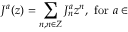
J ^ { a } ( z ) = \sum _ { n , n \in Z } J _ { n } ^ { a } z ^ { n } , ~ \mathrm { f o r } ~ a \in